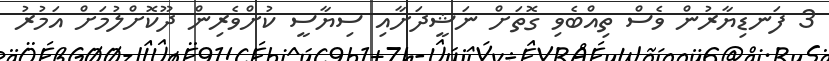
3 ފަނޑިޔާރުން ވެސް ތިއްބެވި ގޮތަށް ނަޝީދަށާއި ސިޔާސީ ކުށްވެރިން ދޫކޮށްލުމަށް އަމުރު